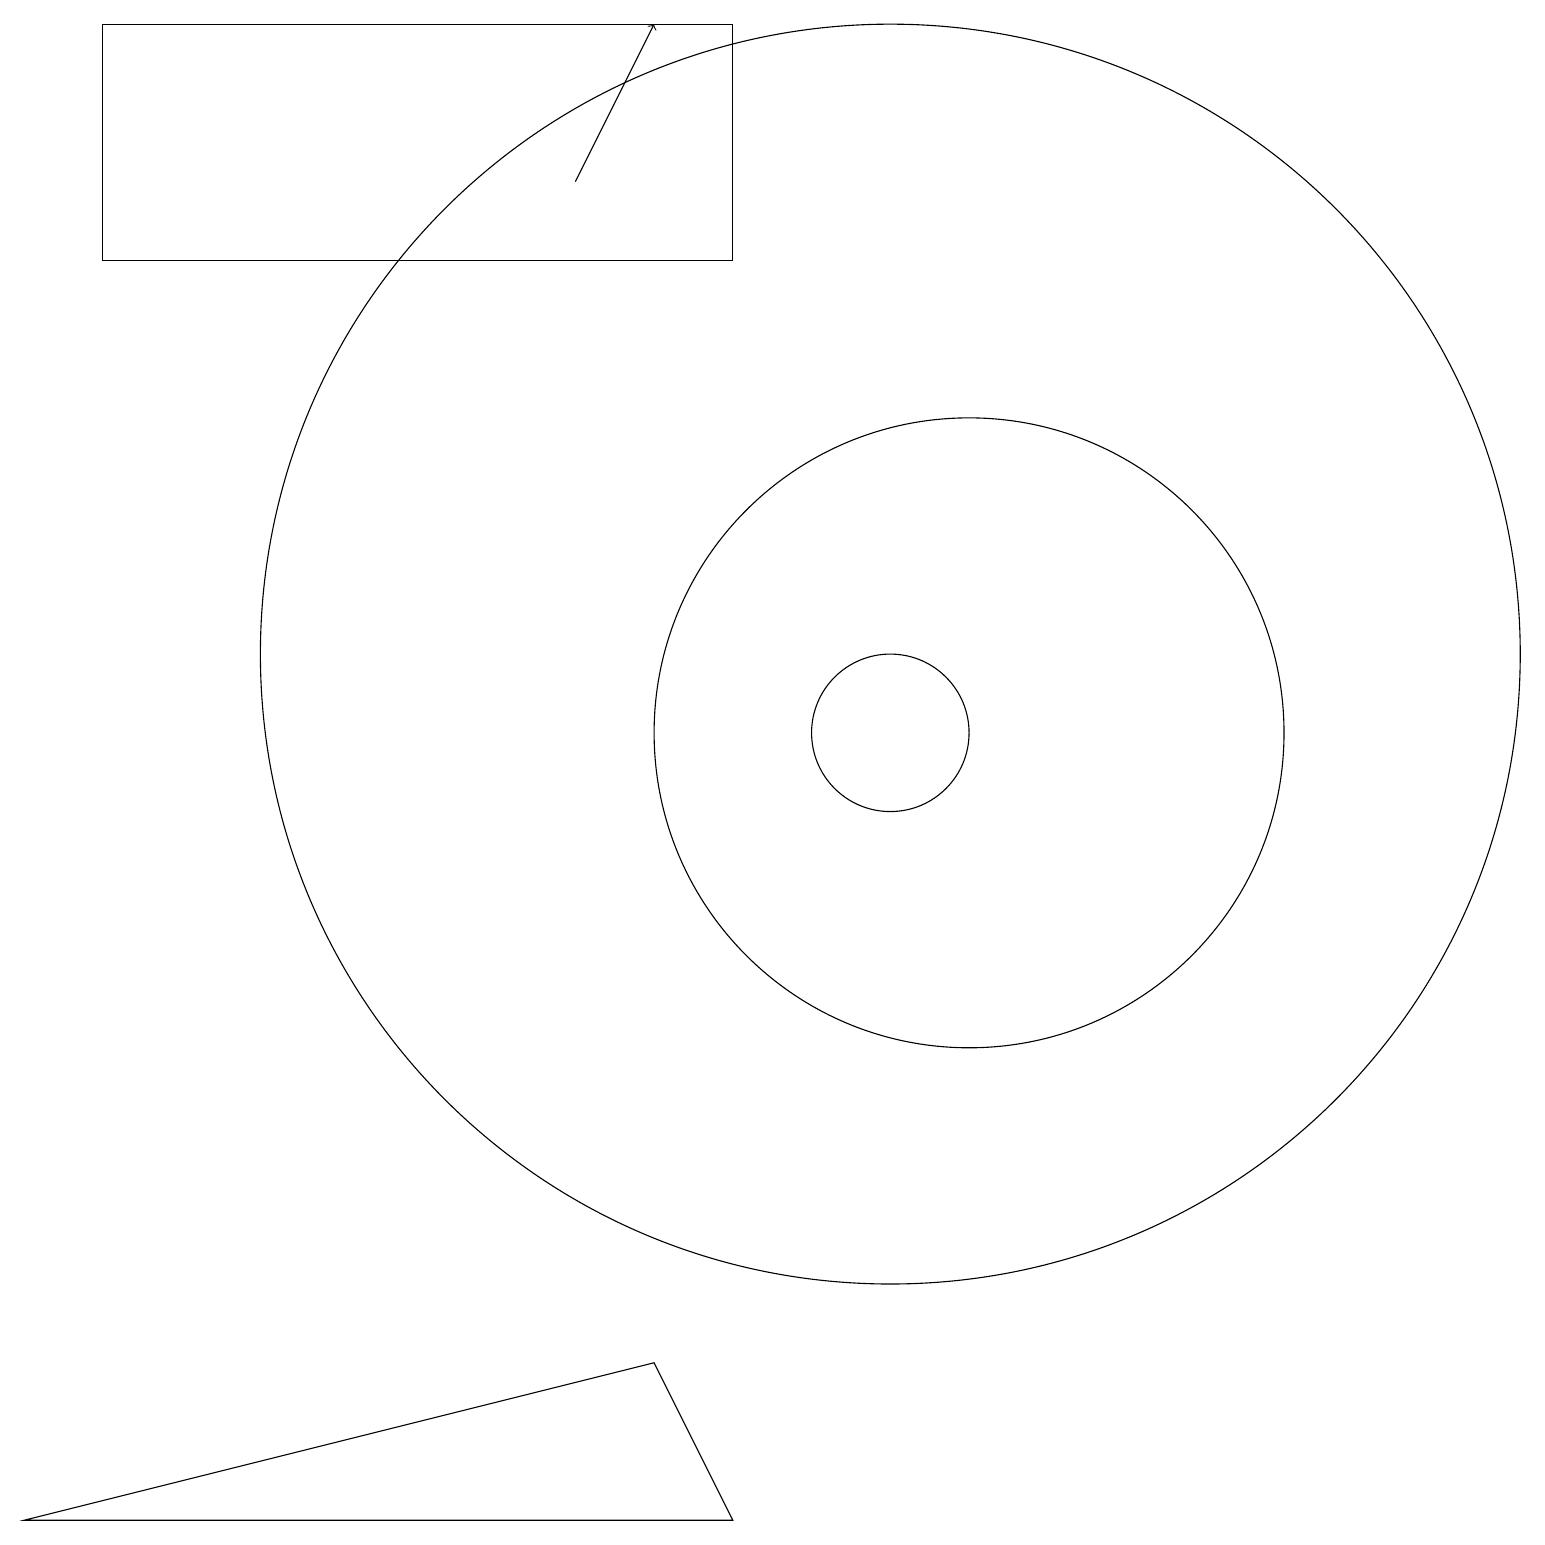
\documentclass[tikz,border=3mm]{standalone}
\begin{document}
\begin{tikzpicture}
\draw (9,0) -- (0,0) -- (8,2) -- cycle;
\draw (1,16) rectangle (9,19);
\draw (12,10) circle (4);
\draw (11,10) circle (1);
\draw[->] (7,17) -- (8,19);
\draw (11,11) circle (8);
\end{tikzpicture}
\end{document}